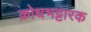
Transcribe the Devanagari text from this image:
क्रोधभट्टारक